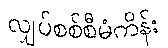
လျှပ်စစ်စီမံကိန်း